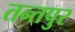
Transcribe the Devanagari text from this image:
तन्तपुर